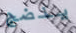
ينضج